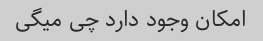
امکان وجود دارد چی میگی